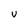
Character: v